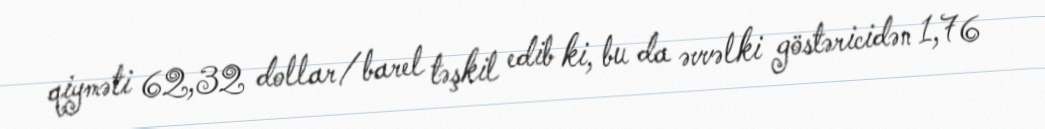
qiyməti 62,32 dollar/barel təşkil edib ki, bu da əvvəlki göstəricidən 1,76